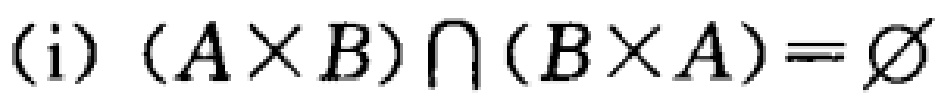
(i) $(A\times B)\cap(B\times A)=\varnothing$